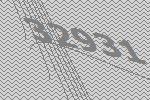
32931